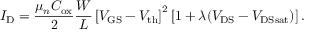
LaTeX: I _ { \mathrm { D } } = { \frac { \mu _ { n } C _ { \mathrm { o x } } } { 2 } } { \frac { W } { L } } \left[ V _ { \mathrm { G S } } - V _ { \mathrm { t h } } \right] ^ { 2 } \left[ 1 + \lambda ( V _ { \mathrm { D S } } - V _ { \mathrm { D S s a t } } ) \right] .